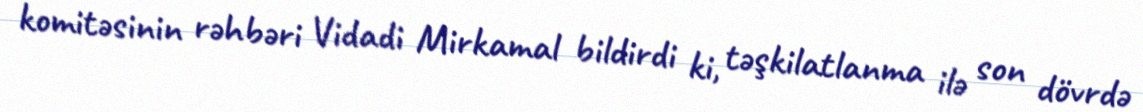
komitəsinin rəhbəri Vidadi Mirkamal bildirdi ki, təşkilatlanma ilə son dövrdə